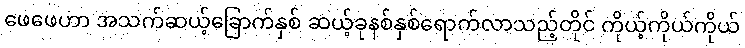
ဖေဖေဟာ အသက်ဆယ့်ခြောက်နှစ် ဆယ့်ခုနစ်နှစ်ရောက်လာသည့်တိုင် ကိုယ့်ကိုယ်ကိုယ်